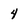
Character: 4